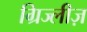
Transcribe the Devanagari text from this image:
ग्रिज्लीज़